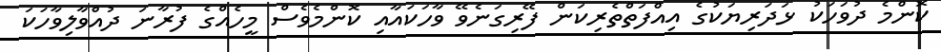
ކޮންމެ ދުވަހަކު ޅަދަރިޔަކުގެ އިއްފަތްތެރިކަން ފޭރިގަނެވޭ ވާހަކައާއި ކޮންމެވެސް މީހެއްގެ ފުރާނަ ދުއްވާލިވާހަކަ